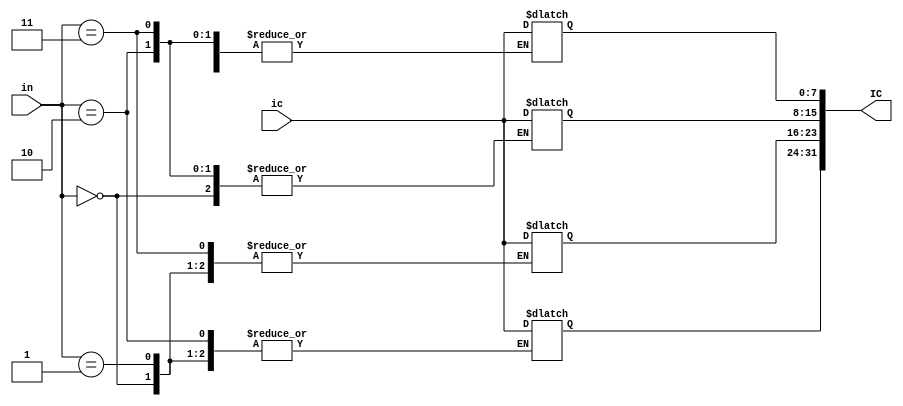
module instruction_reg(ic,in,IC);
  input [7:0]ic;
  input [1:0]in;
  output reg [31:0]IC;
 
  always @(*) begin
  case(in) 
    2'b00:IC[7:0] = ic;
    2'b01:IC[15:8] = ic;
    2'b10:IC[23:16] = ic;
    2'b11:IC[31:24] = ic;
  endcase
  end
endmodule